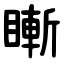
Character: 䁪